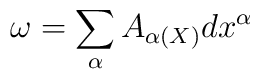
\omega =\sum_{\alpha}A_{\alpha(X)}dx^{\alpha}